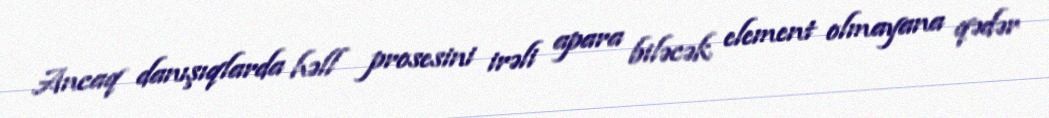
Ancaq danışıqlarda həll prosesini irəli apara biləcək element olmayana qədər